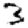
Digit: 3